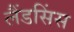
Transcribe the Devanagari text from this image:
लैंडसिंस